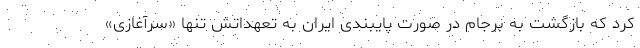
کرد که بازگشت به برجام در صورت پایبندی ایران به تعهداتش تنها «سرآغازی»